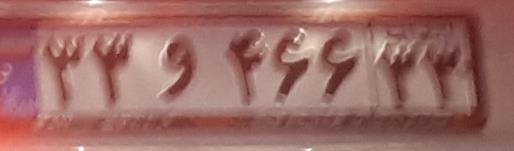
۳۳و۴۶۶۳۳